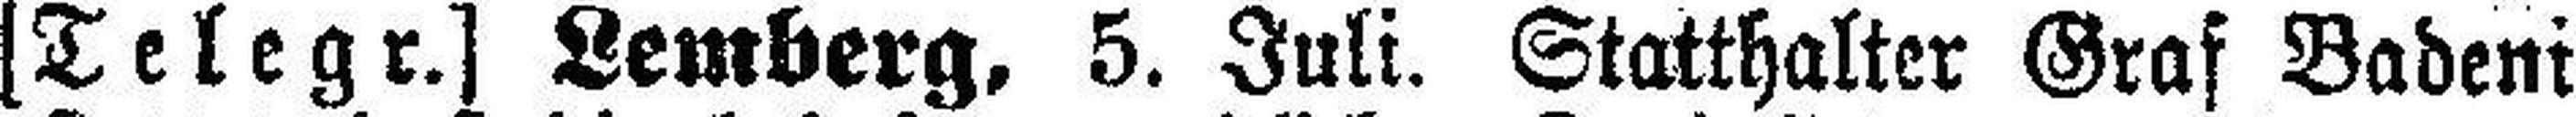
[Telegr.] Lemberg, 5. Juli. Statthalter Graf Badeni